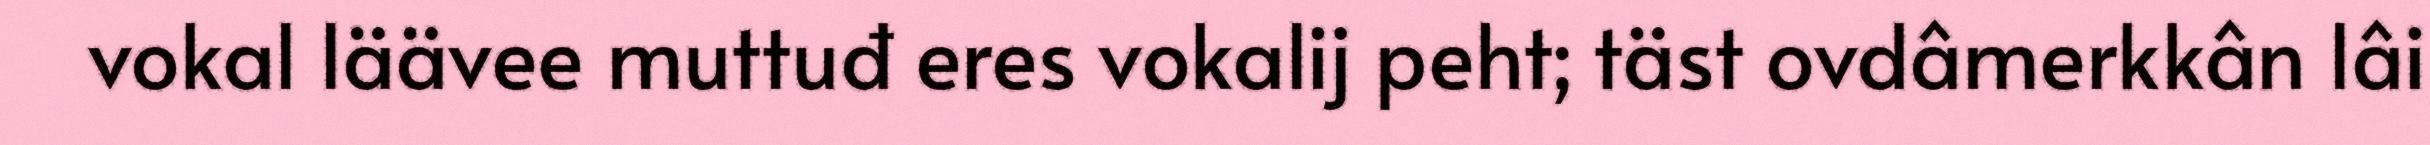
vokal läävee muttuđ eres vokalij peht; täst ovdâmerkkân lâi